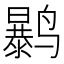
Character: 𱊲